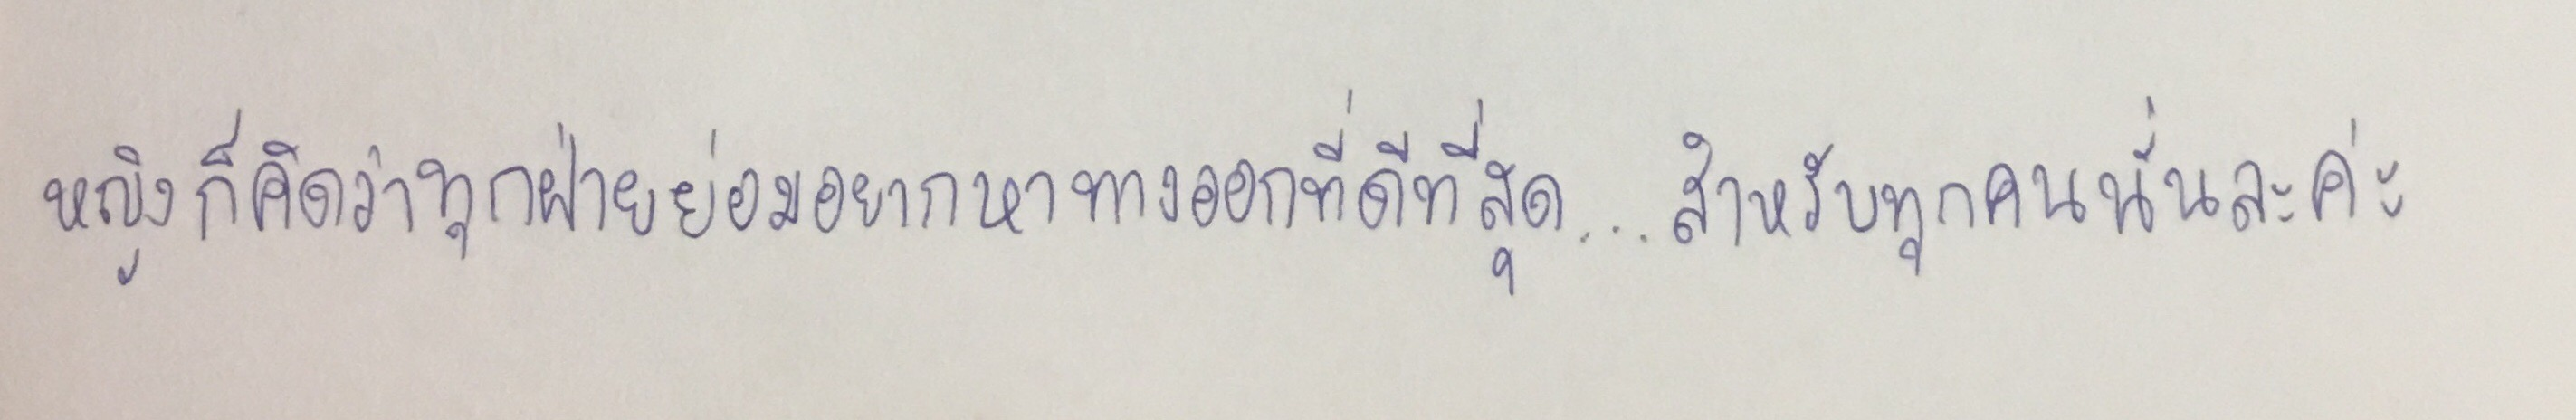
หญิงก็คิดว่าทุกฝ่ายย่อมอยากหาทางออกที่ดีที่สุด...สำหรับทุกคนนั่นละค่ะ"